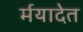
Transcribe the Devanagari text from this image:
र्मयादेत